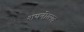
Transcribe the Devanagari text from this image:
शयनोत्सव